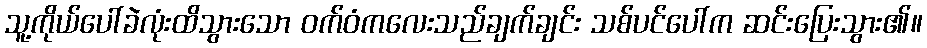
သူ့ကိုယ်ပေါ်ခဲလုံးထိသွားသော ဝက်ဝံကလေးသည်ချက်ချင်း သစ်ပင်ပေါ်က ဆင်းပြေးသွား၏။